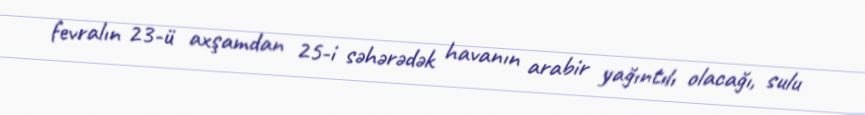
fevralın 23-ü axşamdan 25-i səhərədək havanın arabir yağıntılı olacağı, sulu